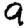
Digit: 9